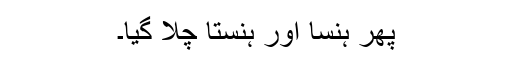
پھر ہنسا اور ہنستا چلا گیا۔